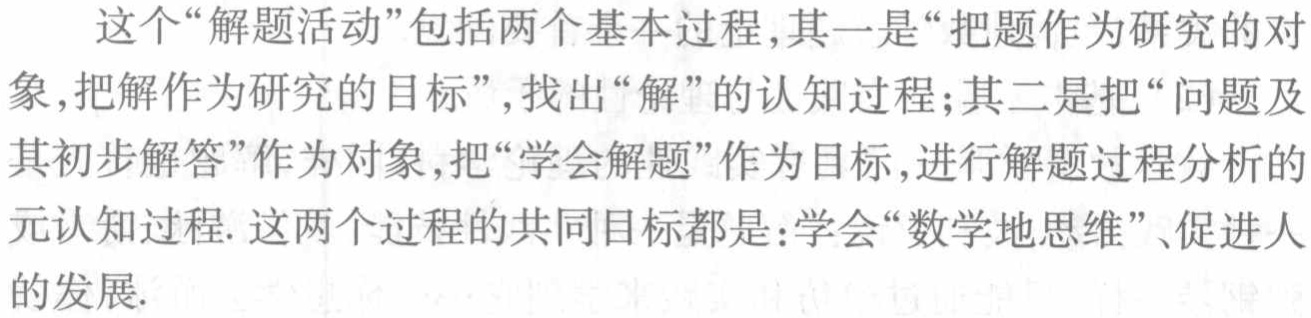
这个“解题活动”包括两个基本过程,其一是“把题作为研究的对

象,把解作为研究的目标”,找出“解”的认知过程;其二是把“问题及

其初步解答”作为对象,把“学会解题”作为目标,进行解题过程分析的

元认知过程. 这两个过程的共同目标都是：学会“数学地思维”、促进人

的发展.